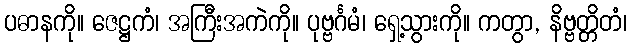
ပဓာနကို။ ဇေဋ္ဌကံ၊ အကြီးအကဲကို။ ပုဗ္ဗင်္ဂမံ၊ ရှေ့သွားကို။ ကတွာ, နိဗ္ဗတ္တိတံ၊